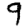
Digit: 9